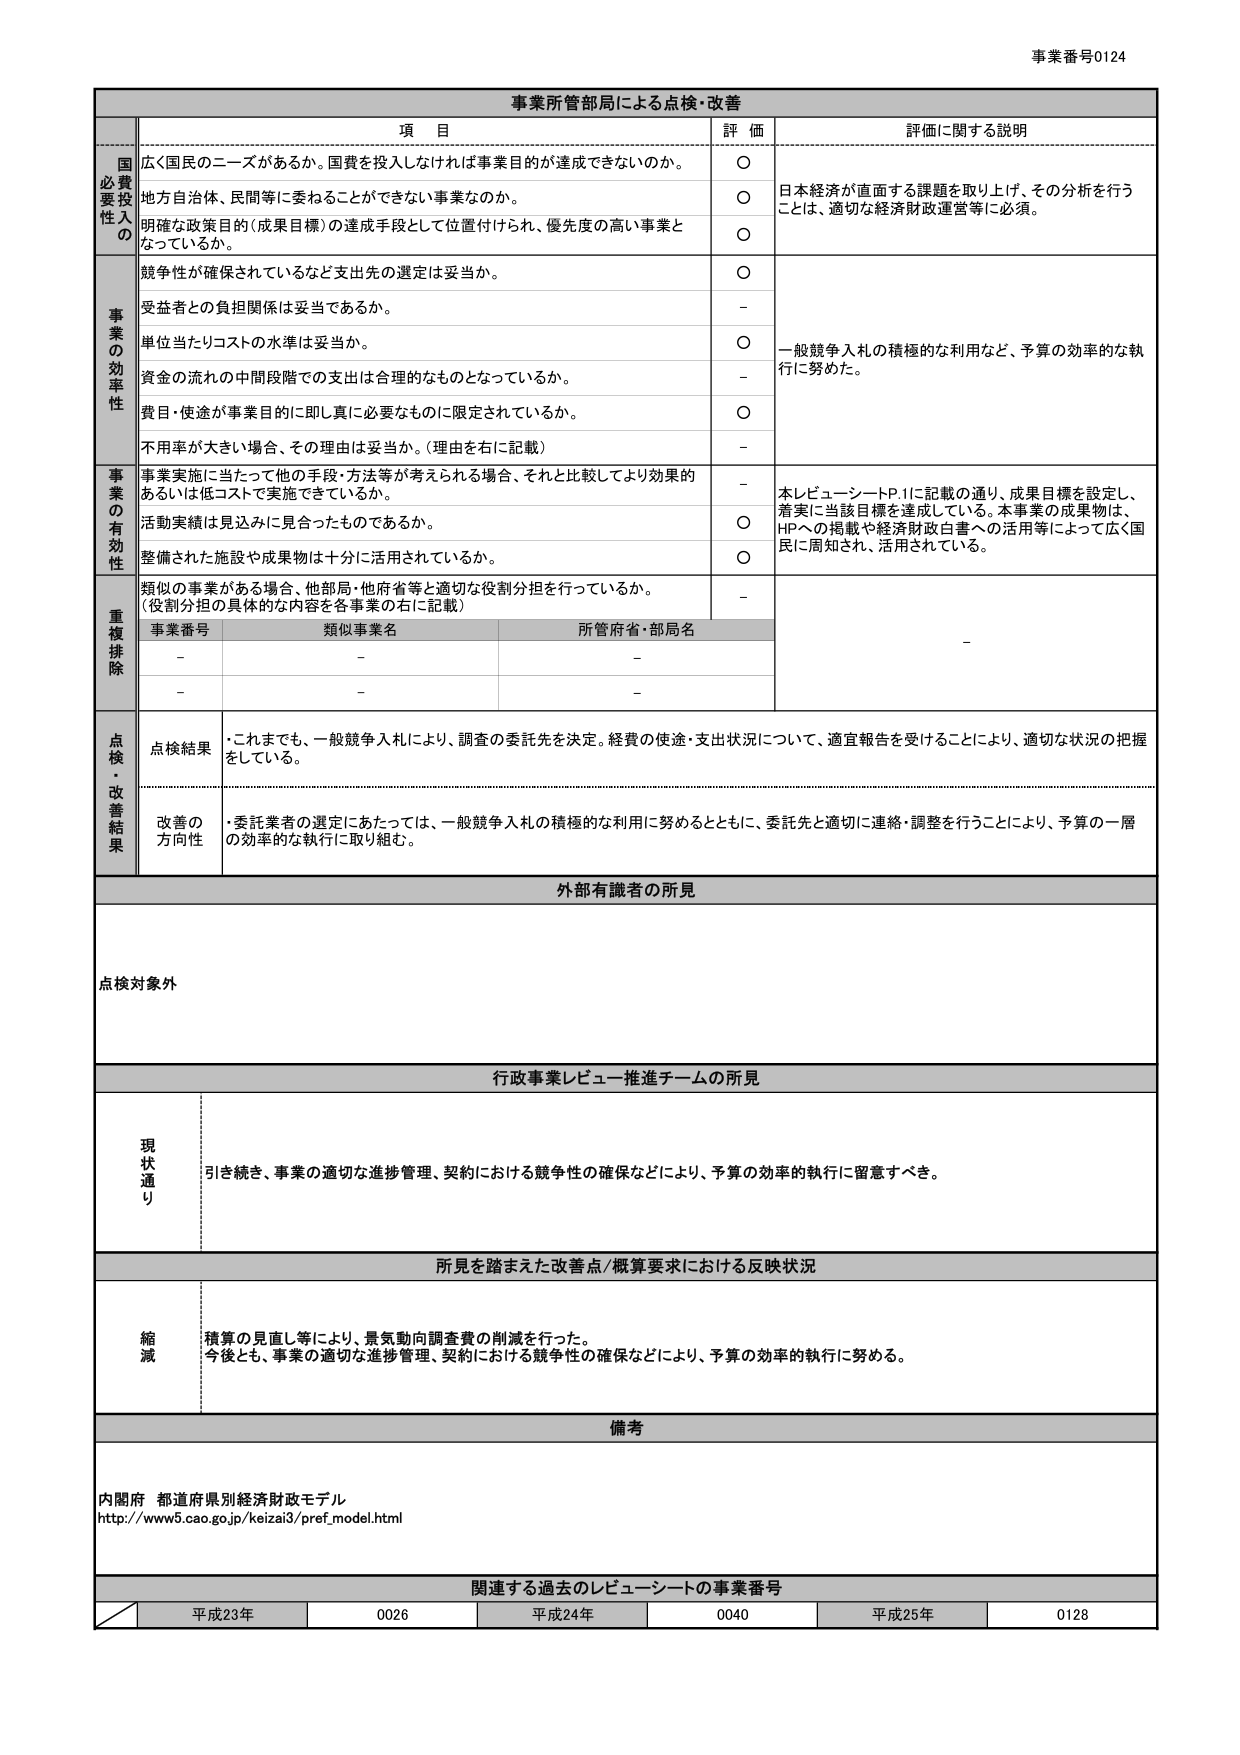
事業番号0124

事業所管部局による点検・改善

項 目 評 価 評価に関する説明

国費投入の必要性
広く国民のニーズがあるか。国費を投入しなければ事業目的が達成できないのか。 ○ 日本経済が直面する課題を取り上げ、その分析を行うことは、適切な経済財政運営等に必須。
地方自治体、民間等に委ねることができない事業なのか。 ○
明確な政策目的（成果目標）の達成手段として位置付けられ、優先度の高い事業となっているか。 ○

事業の効率性
競争性が確保されているなど支出先の選定は妥当か。 ○ 一般競争入札の積極的な利用など、予算の効率的な執行に努めた。
受益者との負担関係は妥当であるか。 -
単位当たりコストの水準は妥当か。 ○
資金の流れの中間段階での支出は合理的なものとなっているか。 -
費目・使途が事業目的に即し真に必要なものに限定されているか。 ○
不⽤率が大きい場合、その理由は妥当か。（理由を右に記載） -

事業の有効性
事業実施に当たって他の手段・方法等が考えられる場合、それと比較してより効果的あるいは低コストで実施できているか。 - 本レビュー・シートP.1に記載の通り、成果目標を設定し、着実に当該目標を達成している。本事業の成果物は、HPへの掲載や経済財政白書への活用等によって広く国民に周知され、活用されている。
活動実績は見込みに見合ったものであるか。 ○
整備された施設や成果物は十分に活用されているか。 ○

重複排除
類似の事業がある場合、他部局・他府省等と適切な役割分担を行っているか。（役割分担の具体的な内容を各事業の右に記載） -
事業番号 類似事業名 所管府省・部局名
- - -
- - -

点検・改善結果
点検結果 ・これまでも、一般競争入札により、調査の委託先を決定。経費の使途・支出状況について、適宜報告を受けることにより、適切な状況の把握をしている。
改善の方向性 ・委託業者の選定にあたっては、一般競争入札の積極的な利用に努めるとともに、委託先と適切に連絡・調整を行うことにより、予算の一層の効率的な執行に取り組む。

外部有識者の所見
点検対象外

行政事業レビュー推進チームの所見
現状通り 引き続き、事業の適切な進捗管理、契約における競争性の確保などにより、予算の効率的執行に留意すべき。

所見を踏まえた改善点/概算要求における反映状況
縮減 積算の見直し等により、景気動向調査費の削減を行った。 今後とも、事業の適切な進捗管理、契約における競争性の確保などにより、予算の効率的執行に努める。

備考
内閣府 都道府県別経済財政モデル http://www5.cao.go.jp/keizai3/pref_model.html

関連する過去のレビュー・シートの事業番号
平成23年 0026 平成24年 0040 平成25年 0128